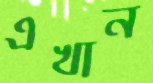
এখান